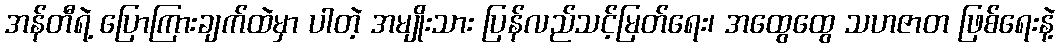
အန်တီရဲ့ ပြောကြားချက်ထဲမှာ ပါတဲ့ အမျိုးသား ပြန်လည်သင့်မြတ်ရေး၊ အထွေထွေ သဟဇာတ ဖြစ်ရေးနဲ့